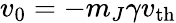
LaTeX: v_{0}=-m_{J}\gamma v_{\mathrm{th}}